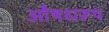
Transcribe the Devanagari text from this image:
औषधरूप